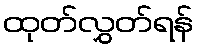
ထုတ်လွှတ်ရန်